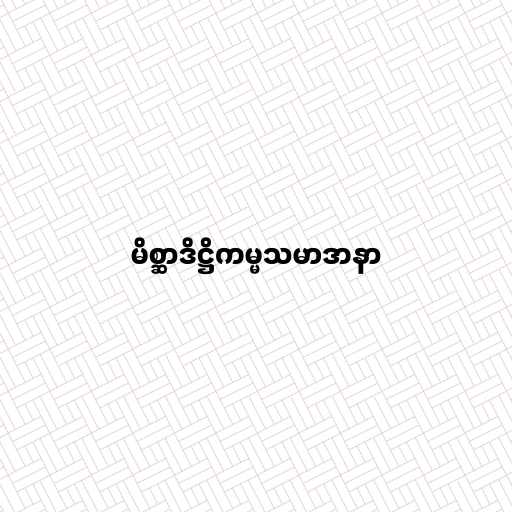
မိစ္ဆာဒိဋ္ဌိကမ္မသမာဒာနာ